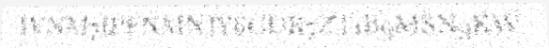
IVNM7IPFNMNJY6GDR7ZT1B9MSN9KW